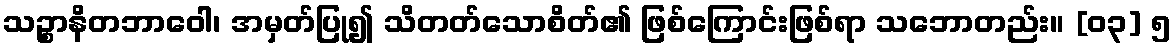
သဉ္စာနိတဘာဝေါ၊ အမှတ်ပြု၍ သိတတ်သောစိတ်၏ ဖြစ်ကြောင်းဖြစ်ရာ သဘောတည်း။ [၀၃] ၅